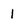
Character: 1